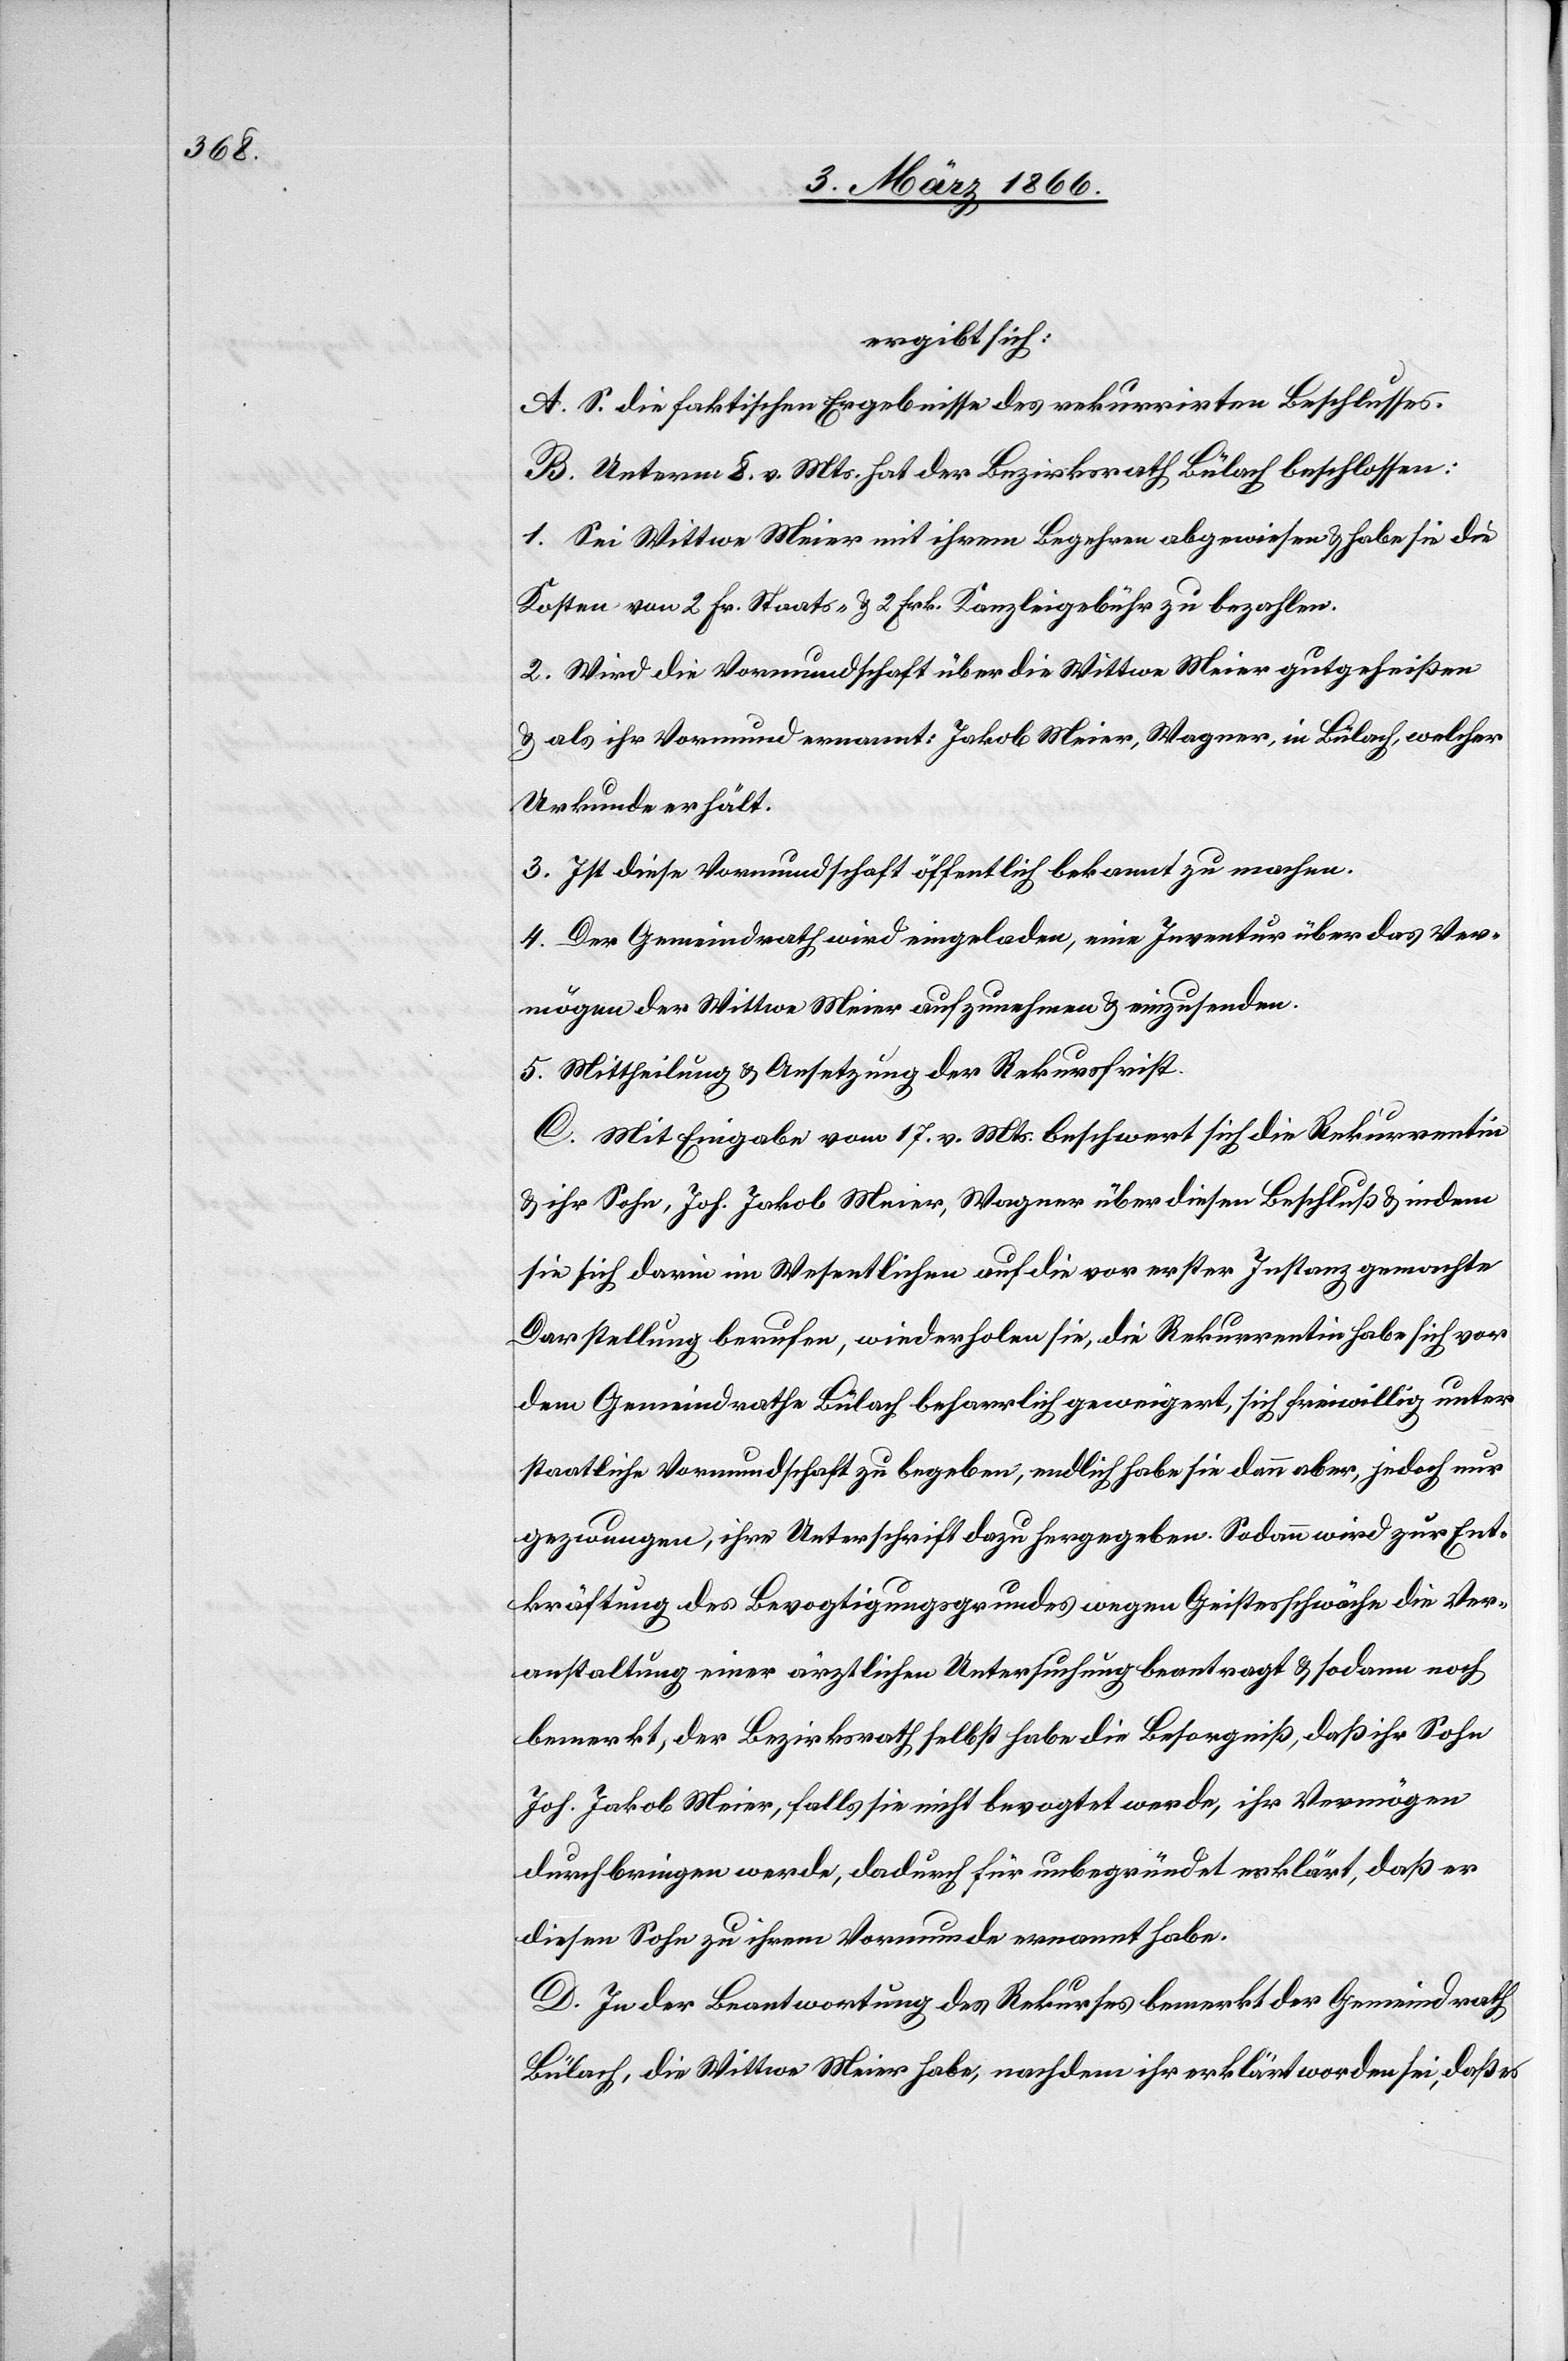
ergibt sich:
A. S. die faktischen Ergebnisse des rekurrirten Beschlusses.
B. Unterm 8. v. Mts. hat der Bezirksrath Bülach beschlossen:
1. Sei Wittwe Meier mit ihrem Begehren abgewiesen u. habe sie die
Kosten von 2. Fr. Staats- u. 2 Frk. Kanzleigebühren zu bezahlen.
2. Wird die Vormundschaft über die Wittwe Meier gutgeheißen
u. als ihr Vormund ernannt: Jakob Meier, Wagner, in Bülach, welcher
Urkunde erhält.
3. Ist diese Vormundschaft öffentlich bekannt zu machen.
4. Der Gemeindrath wird eingeladen, eine Inventur über das Ver¬
mögen der Wittwe Meier aufzunehmen u. einzusenden.
5. Mittheilung u. Ansetzung der Rekursfrist.
C. Mit Eingabe vom 17. v. Mts. beschwert sich die Rekurrentin
u. ihr Sohn, Joh. Jakob Meier, Wagner über diesen Beschluß u. indem
sie sich darin im Wesentlichen auf die vor erster Instanz gemachte
Darstellung berufen, wiederholen sie, die Rekurrentin habe sich vor
dem Gemeindrathe Bülach beharrlich geweigert, sich freiwillig unter
staatliche Vormundschaft zu begeben, endlich habe sie dann aber, jedoch nur
gezwungen, ihre Unterschrift dazu hergegeben. Sodann wird zur Ent¬
kräftung des Bevogtigungsgrundes wegen Geistesschwäche die Ver¬
anstaltung einer ärztlichen Untersuchung beantragt u. sodann noch
bemerkt, der Bezirksrath selbst habe die Besorgniß, daß ihr Sohn
Joh. Jakob Meier, falls sie nicht bevogtet werde, ihr Vermögen
durchbringen werde, dadurch für unbegründet erklärt, daß er
diesen Sohn zu ihrem Vormunde ernannt habe.
D. In der Beantwortung des Rekurses bemerkt der Gemeindrath
Bülach, die Wittwe Meier habe, nachdem ihr erklärt worden sei, daß es